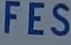
FES